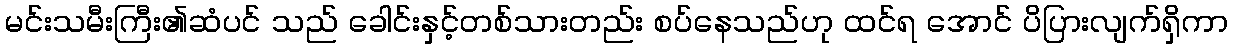
မင်းသမီးကြီး၏ဆံပင် သည် ခေါင်းနှင့်တစ်သားတည်း စပ်နေသည်ဟု ထင်ရ အောင် ပိပြားလျက်ရှိကာ